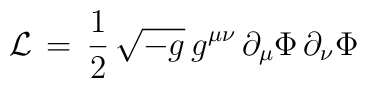
{\cal L}\,=\,{\frac{1 }{2}}\,\sqrt{-g}\,g^{\mu\nu}\, \partial_{\mu} \Phi\,\partial_{\nu} \Phi